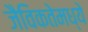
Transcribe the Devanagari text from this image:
जैविकतेमध्ये